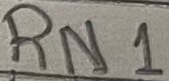
Text: RN1